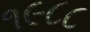
૧૯૮૮